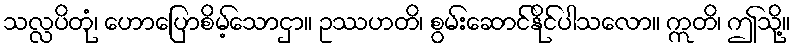
သလ္လပိတုံ၊ ဟောပြောစိမ့်သောငှာ။ ဥဿဟတိ၊ စွမ်းဆောင်နိုင်ပါသလော။ ဣတိ၊ ဤသို့။